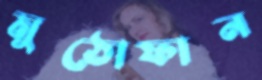
মুঠোফান